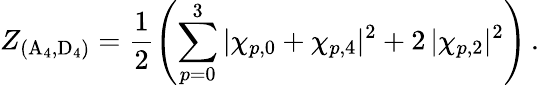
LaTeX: Z_{(\mathrm{A}_{4},\mathrm{D}_{4})}=\frac 12\left(\sum_{p=0}^{3}|\chi_{p,0}+\chi_{p,4}|^{2}+2\, |\chi_{p,2}|^{2}\right)\, .